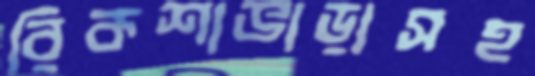
রিকশাভাড়াসহ